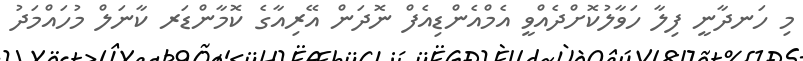
މި ހަނދާނީ ފިލާ ހަވާލުކޮށްދެއްވީ އެމްއެންޑިއެފް ނޮދަން އޭރިއާގެ ކޮމާންޑަރ ކާނަލް މުހައްމަދު